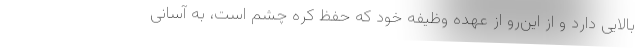
بالایی دارد و از این‌رو از عهده وظیفه خود که حفظ کره چشم است، به آسانی